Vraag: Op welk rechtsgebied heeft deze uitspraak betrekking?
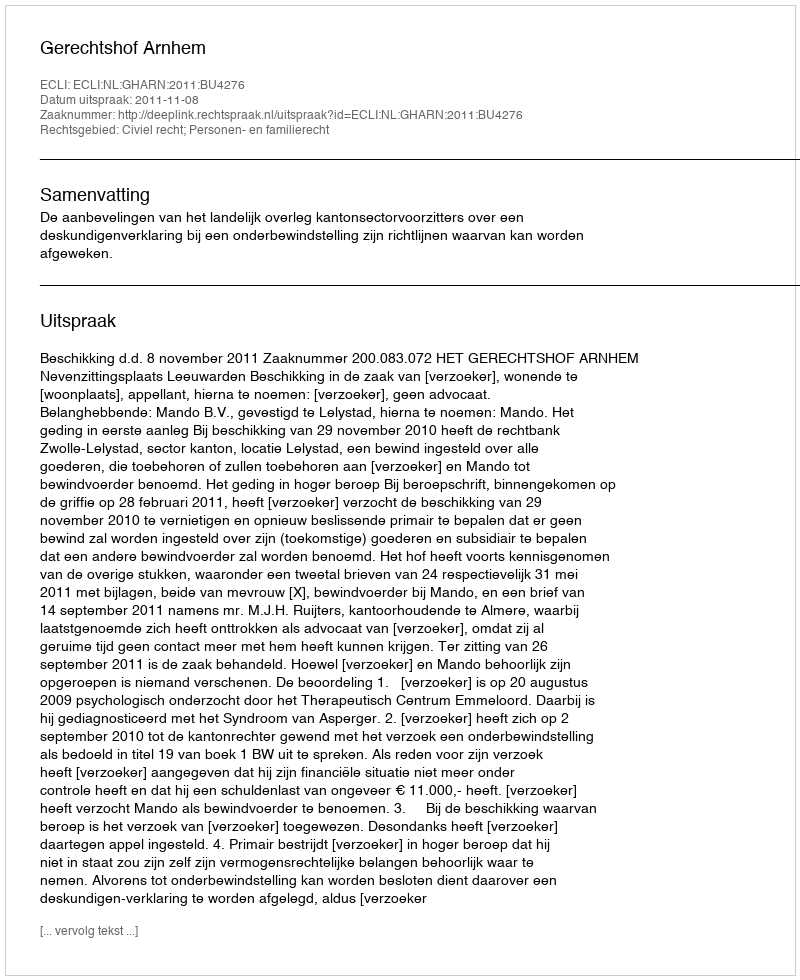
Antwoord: Civiel recht; Personen- en familierecht